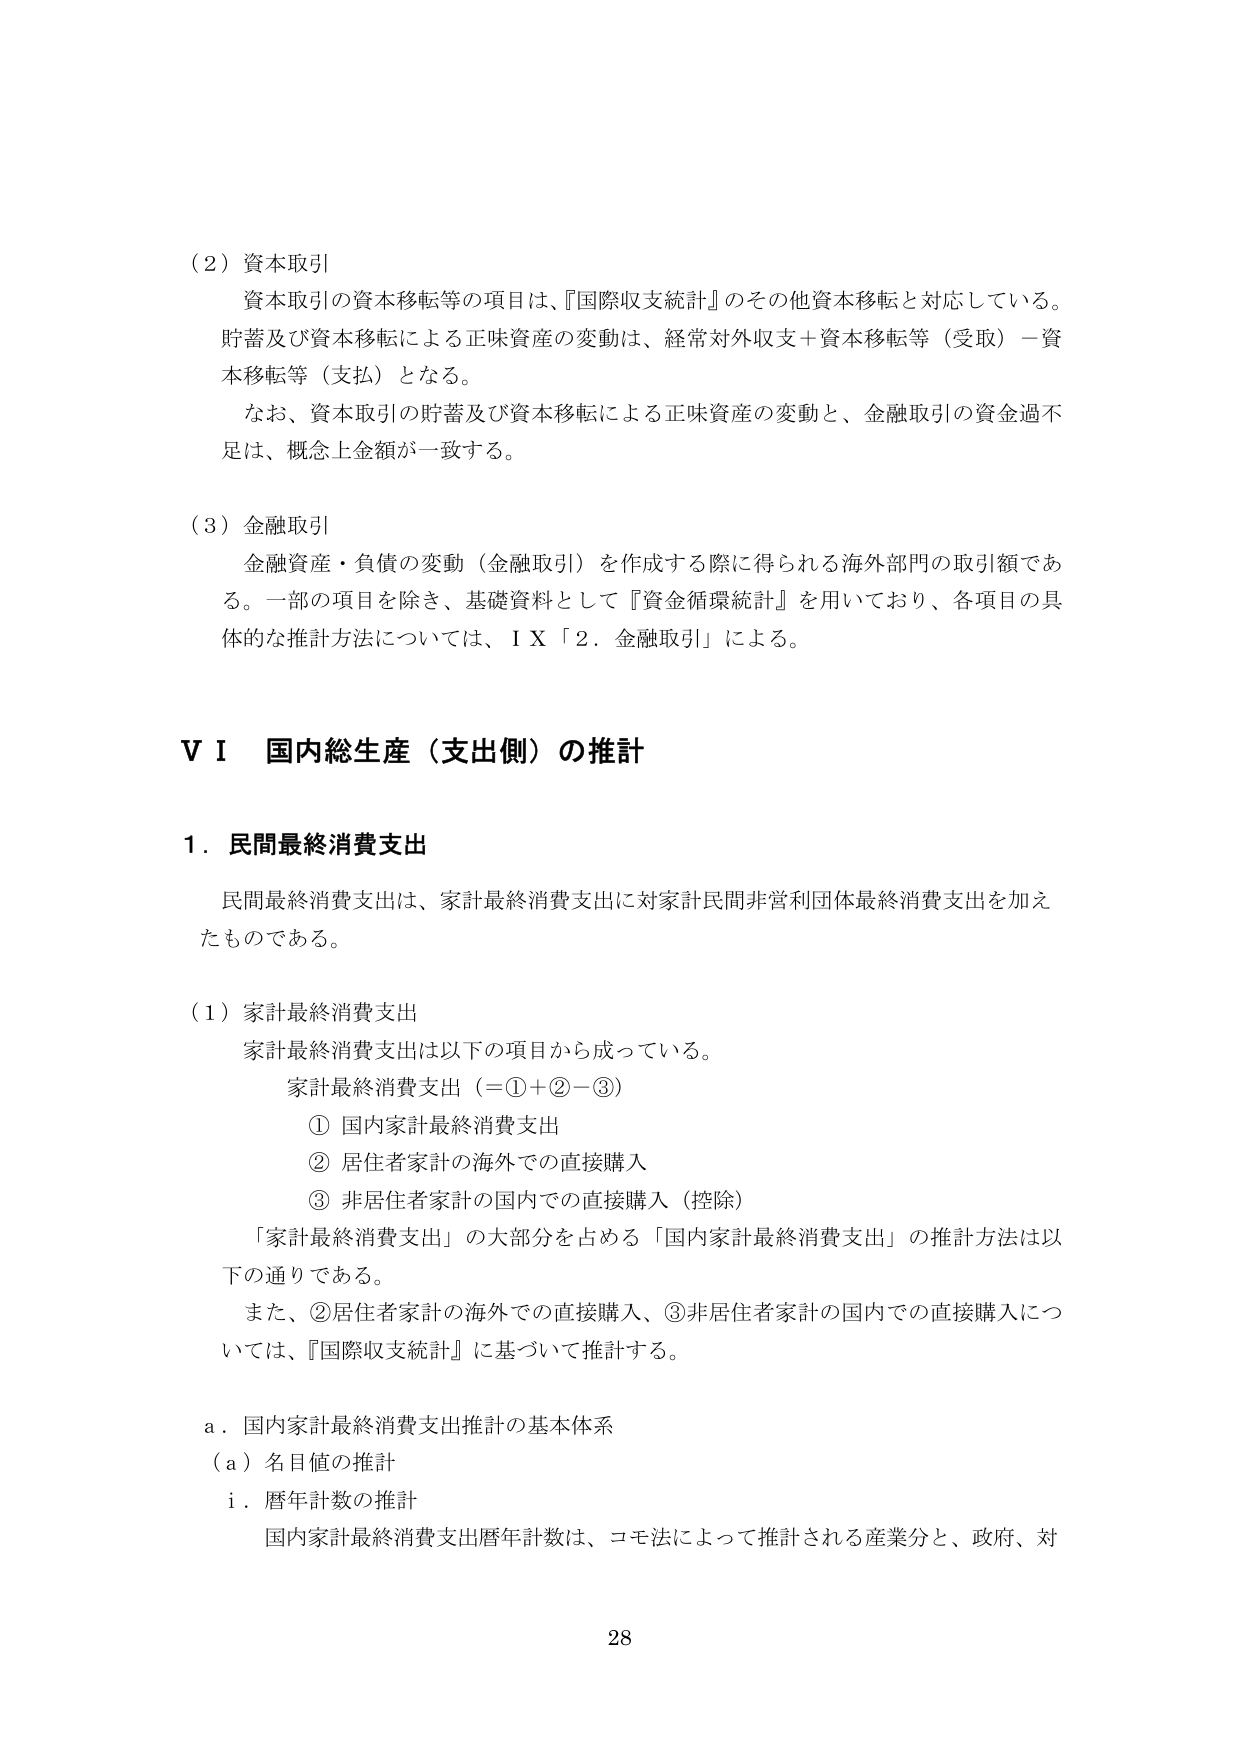
（２）資本取引
資本取引の資本移転等の項目は、『国際収支統計』のその他資本移転と対応している。
貯蓄及び資本移転による正味資産の変動は、経常対外収支＋資本移転等（受取）－資本移転等（支払）となる。
なお、資本取引の貯蓄及び資本移転による正味資産の変動と、金融取引の資金過不足は、概念上金額が一致する。

（３）金融取引
金融資産・負債の変動（金融取引）を作成する際に得られる海外部門の取引額である。一部の項目を除き、基礎資料として『資金循環統計』を用いており、各項目の具体的な推計方法については、ⅠＸ「２．金融取引」による。

ⅤⅠ 国内総生産（支出側）の推計

１．民間最終消費支出
民間最終消費支出は、家計最終消費支出に対家計民間非営利団体最終消費支出を加えたものである。

（１）家計最終消費支出
家計最終消費支出は以下の項目から成っている。
家計最終消費支出（＝①＋②－③）
　① 国内家計最終消費支出
　② 居住者家計の海外での直接購入
　③ 非居住者家計の国内での直接購入（控除）
「家計最終消費支出」の大部分を占める「国内家計最終消費支出」の推計方法は以下の通りである。
また、②居住者家計の海外での直接購入、③非居住者家計の国内での直接購入については、『国際収支統計』に基づいて推計する。

ａ．国内家計最終消費支出推計の基本体系
（ａ）名目値の推計
　ｉ．暦年計数の推計
　　国内家計最終消費支出暦年計数は、コモ法によって推計される産業分と、政府、対

28